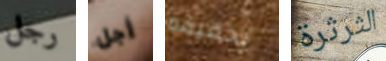
رجل أجل تحقيقه الثرثرة